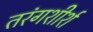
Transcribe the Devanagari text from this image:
तरंगशीर्श